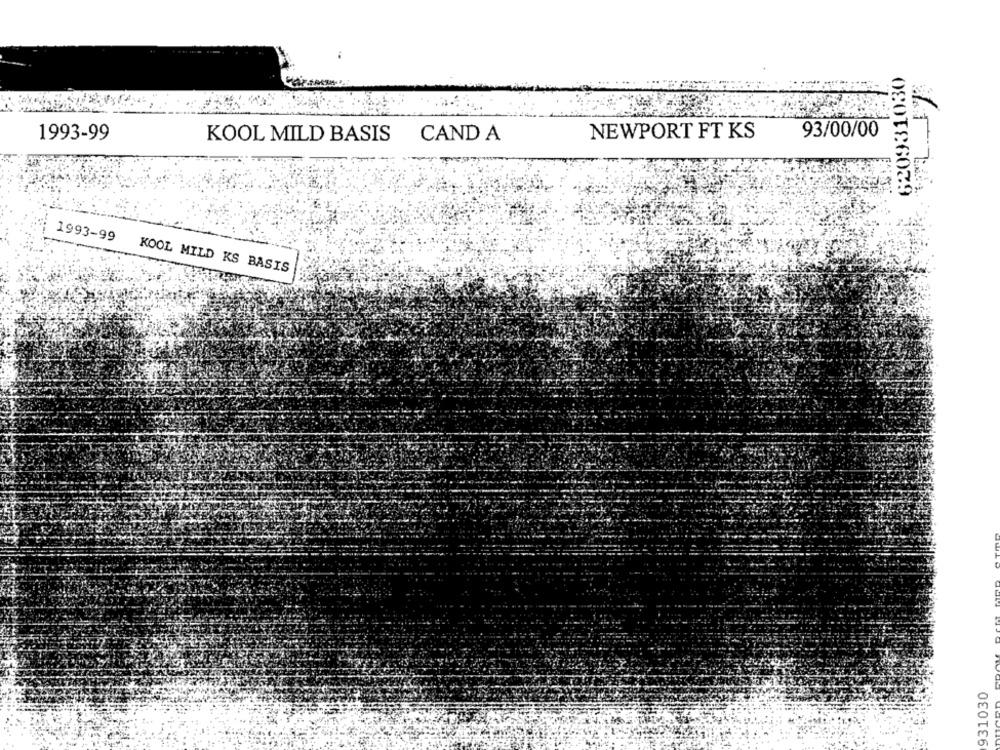
620931030
1993-99
NEWPORT FT KS
93/00/00
KOOL MILD BASIS
CAND A
1993-99
KOOL MILD KS BASIS
931030